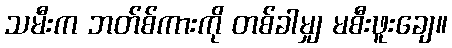
သမီးက ဘတ်စ်ကားကို တစ်ခါမျှ မစီးဖူးချေ။